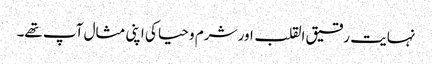
نہایت رقیق القلب اور شرم و حیا کی اپنی مثال آپ تھے۔